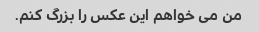
من می خواهم این عکس را بزرگ کنم.